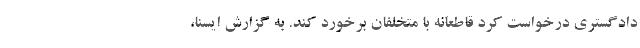
دادگستری درخواست کرد قاطعانه با متخلفان برخورد کند. به گزارش ایسنا،